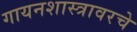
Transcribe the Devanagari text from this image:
गायनशास्त्रावरचे